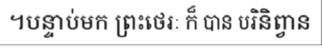
។បន្ទាប់មក ព្រះថេរៈ ក៏ បាន បរិនិព្វាន